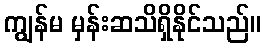
ကျွန်မ မှန်းဆသိရှိနိုင်သည်။